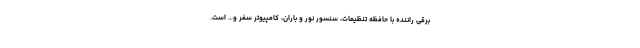
برقی راننده با حافظه تنظیمات، سنسور نور و باران، کامپیوتر سفر و… است.